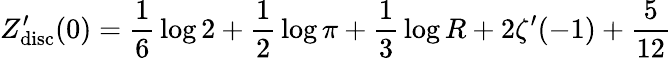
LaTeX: Z_{\mathrm{disc}}^{\prime}(0)={\frac{1}{6}}\log 2+{\frac{1}{2}}\log\pi+{\frac{1}{3}}\log R+2\zeta^{\prime}(-1)+{\frac{5}{12}}